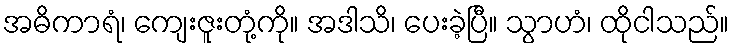
အဓိကာရံ၊ ကျေးဇူးတုံ့ကို။ အဒါသိ၊ ပေးခဲ့ပြီ။ သွာဟံ၊ ထိုငါသည်။